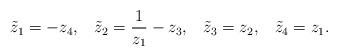
LaTeX: \begin{align*}{\tilde z}_1=-z_4,\;\;\;{\tilde z}_2=\frac{1}{z_1}-z_3,\;\;\;{\tilde z}_3=z_2,\;\;\;{\tilde z}_4=z_1.\end{align*}